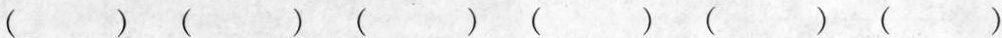
( ) ( ) ( ) ( ) ( ) ( )